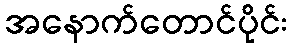
အနောက်တောင်ပိုင်း